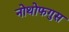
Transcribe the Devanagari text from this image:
नोथोफगुस